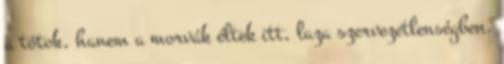
a tótok, hanem a morvák éltek itt, laza szervezetlenségben.